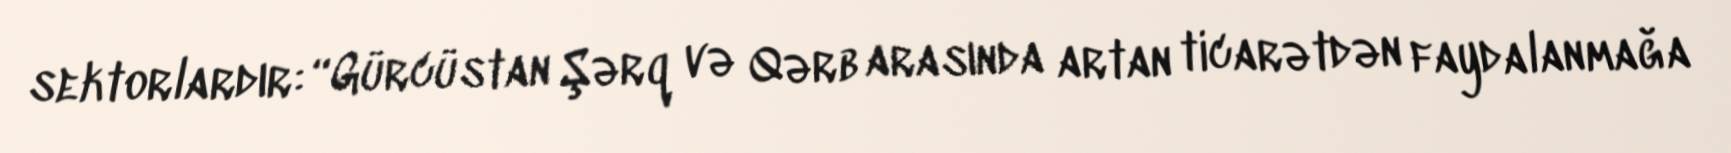
sektorlardır: “Gürcüstan Şərq və Qərb arasında artan ticarətdən faydalanmağa